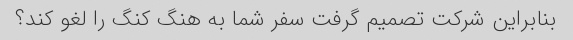
بنابراین شرکت تصمیم گرفت سفر شما به هنگ کنگ را لغو کند؟